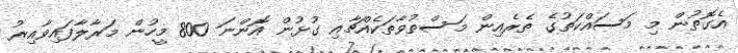
އެގޮތުން މި މަސައްކަތުގެ ތެރެއިން މަސްތުވާތަކެއްޗާއި ގުޅުން އޮންނަ 800 މީހުން މަރާލާފައިވާއިރު